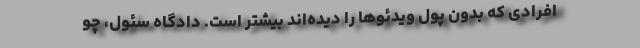
افرادی که بدون پول ویدئوها را دیده‌اند بیشتر است. دادگاه سئول، چو